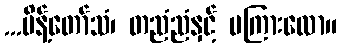
...မိန့်တော်သံ၊ တညံညံနှင့် မကြားလော။